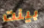
بينت